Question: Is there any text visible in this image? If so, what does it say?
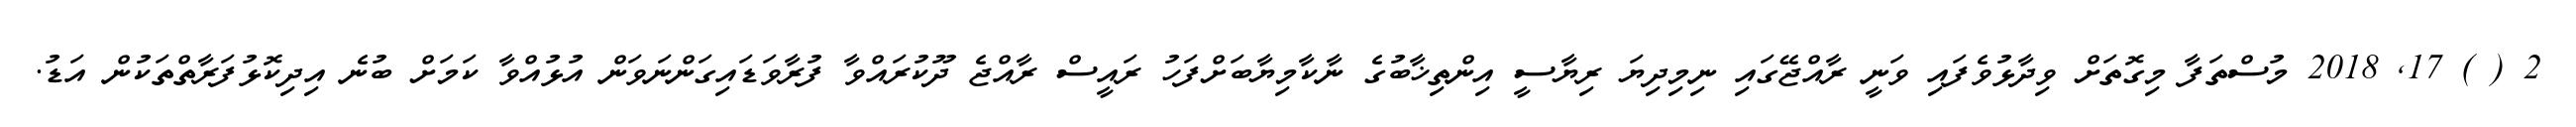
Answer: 2 ( ) 17, 2018 މުސްތަފާ މިގޮތަށް ވިދާޅުވެފައި ވަނީ ރާއްޖޭގައި ނިމިދިޔަ ރިޔާސީ އިންތިޚާބުގެ ނާކާމިޔާބަށްފަހު ރައީސް ރާއްޖެ ދޫކުރައްވާ ފުރާވަޑައިގަންނަވަން އުޅުއްވާ ކަމަށް ބުނެ އިދިކޮޅުފަރާތްތަކުން އަޑު.